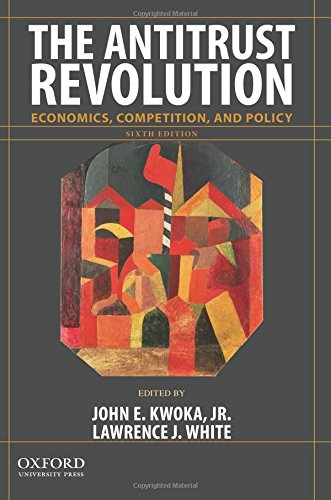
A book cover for The Antitrust Revolution: Economics, Competition, and Policy; John E. Kwoka; Law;